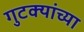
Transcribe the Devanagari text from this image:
गुटक्यांच्या